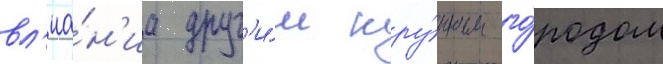
вл'иа́н'иа друг'и́м кру́пным го́родом